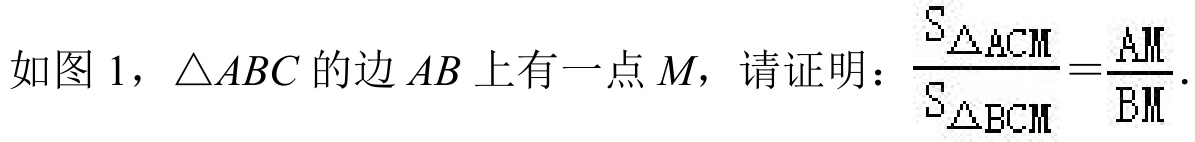
如图 1，$\triangle ABC$的边$AB$上有一点$M$，请证明：$\frac{S_{\triangle ACM}}{S_{\triangle BCM}}=\frac{AM}{BM}$．